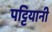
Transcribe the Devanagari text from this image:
पट्टियानी